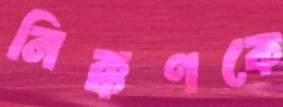
নিক্কণকে